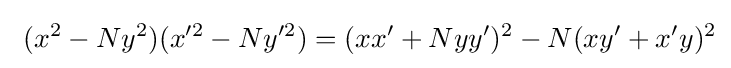
\ (x^{2}-Ny^{2})(x'^{2}-Ny'^{2})=(xx'+Nyy')^{2}-N(xy'+x'y)^{2}